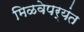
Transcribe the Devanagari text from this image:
मिळवेपर्यंत